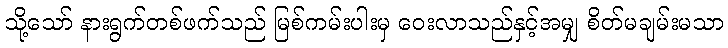
သို့သော် နားရွက်တစ်ဖက်သည် မြစ်ကမ်းပါးမှ ဝေးလာသည်နှင့်အမျှ စိတ်မချမ်းမသာ